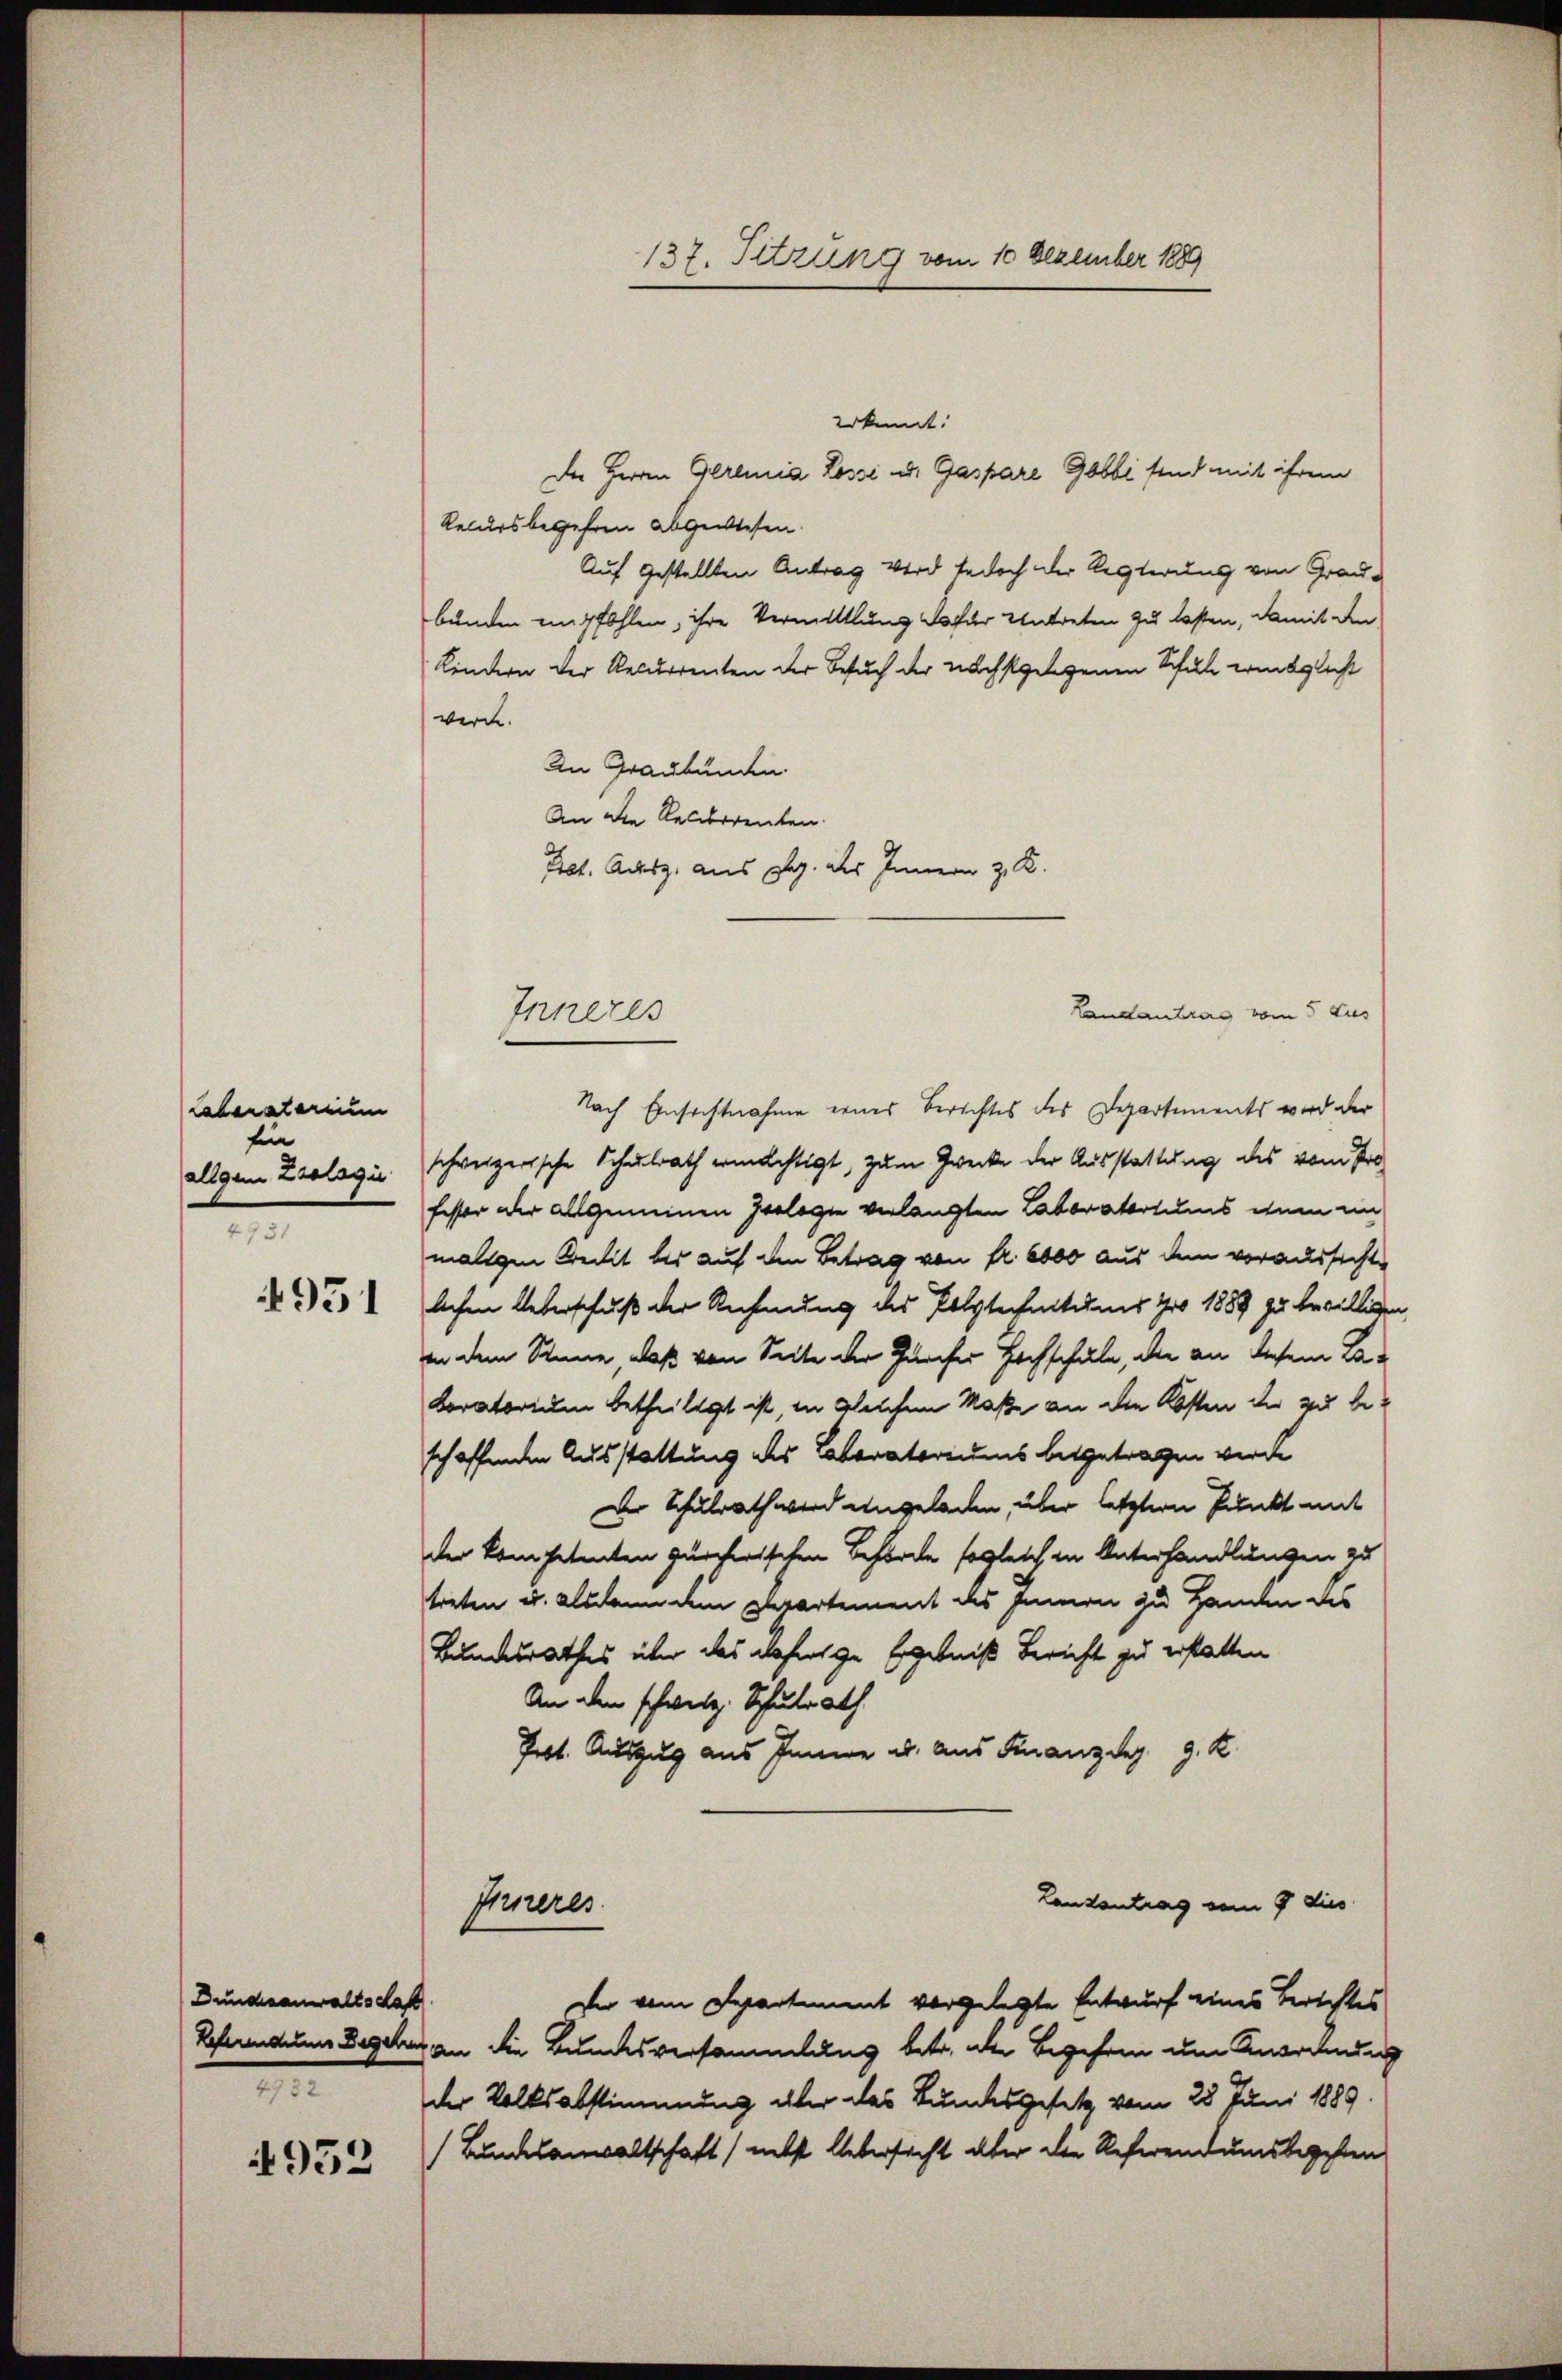
Lebenacarium
fin
allgem Zoologie
4731
4951

Dundesanwaltschaft
7

952

Inneres

137. Sitzung vom 10 Dezember 1889

erkennt:
Recursbegehren abgewesen.
Auf gestellten Antrag wird jedoch der Regierung von Grau-
bunden empfohlen, ihre Vermittlung dafür Untreten zu lassen, damit den
Kindern der Recurrenten der Besuch der nächstgelegenen Schule winglicht
werde.
An Graubünden.
An die Gelderrenten.
Pct. Ausz. aus B. des Innern z. R.
Landantrag vom 5. Aus
Nach Einsichtnahme eines Berichtes des Departements wird der
schweizerische Schulrath ermächtigt, zum Zwecke der Ausstattung des vom Pro
fester der allgemeinen Geologie verlangten Laboratortums wenn in
maligen Breisit bis auf den Betrag von fr. 6000 aus dem voraussichte
lichen Ueberschuß der Rechnung des Polytechnitums pro 1889 zu bewilligen
in dem Sinne, daß von Seite der Zürcher Hochschule, die an diesem Be-
Loratorium betheiligt ist, in welchem Maße an die Kosten der zu beschaffenden Ausstattung des Laboratoriums beigetragen werde
Der Schulrath wird angeladen, über letztern Punkt mit
der kompetenten zürcherischen Behörde sogleich in Unterhandlungen zu
treten u. alsdann dem plepartement des Innern zu Handen des
Bundesrathes über das daherige Ergebniß bericht zu erstatten
An den schweiz. Schulrath
Post. Auszug aus Innere ab. aus Franz Mag. 9. K
Landentrag vom 9 dies
Inneres
Der vom Departement vorgelegte Entwurf eines Berichtes
Referendums Begehe an die Bundesversammlung betr. die Begehren um Anordnung
der Volksabstimmung über das Bundesgesetz vom 28. Juni 1889.
(Bundesanwaltschaft, nebst Uebersicht aber die Referendumsbegeben

Die Herren Geremia Lossé und Gaspare Gobbi sind mit ihrem